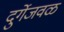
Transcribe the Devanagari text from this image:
दुर्गेजवळ